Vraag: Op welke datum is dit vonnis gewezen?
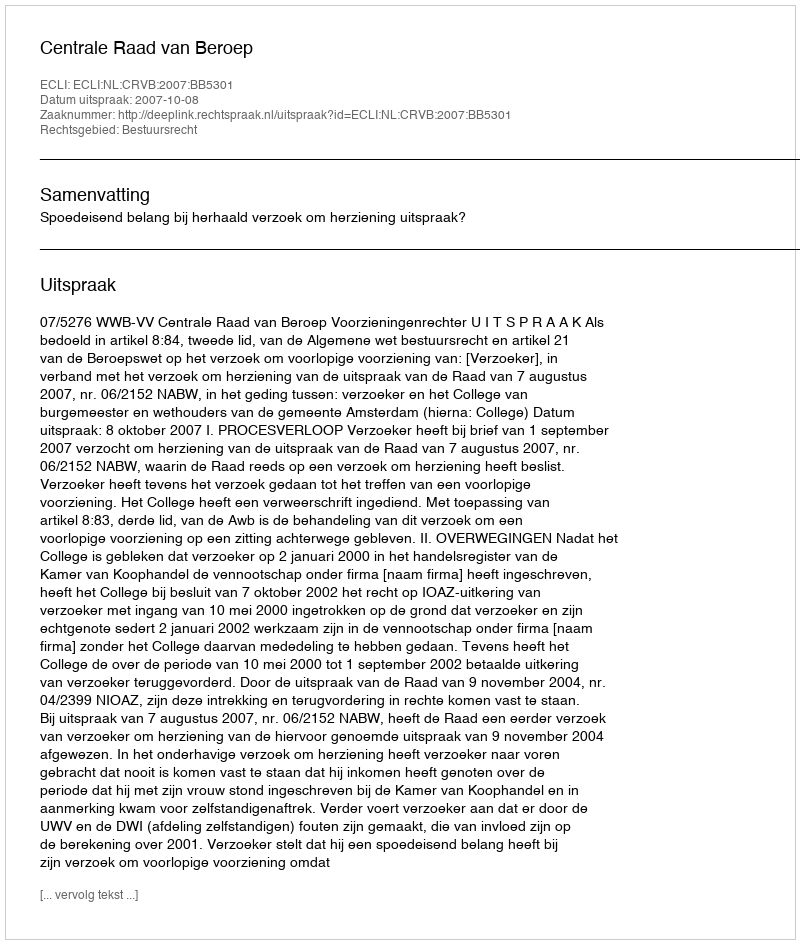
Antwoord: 2007-10-08